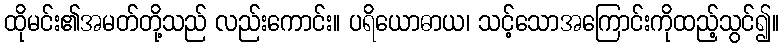
ထိုမင်း၏အမတ်တို့သည် လည်းကောင်း။ ပရိယောဓာယ၊ သင့်သောအကြောင်းကိုထည့်သွင်၍။